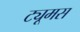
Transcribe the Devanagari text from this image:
ट्यूमस